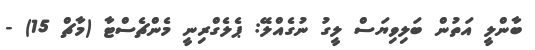
ބާންލީ އަތުން ބަލިވިޔަސް ލީގު ނުގެއްލޭ: ޕެލެގްރިނީ މެންޗެސްޓާ (މާޗް 15) -